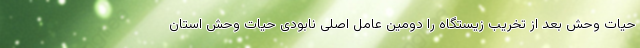
حیات وحش بعد از تخریب زیستگاه را دومین عامل اصلی نابودی حیات وحش استان